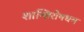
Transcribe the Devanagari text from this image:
शान्तिरोषधय